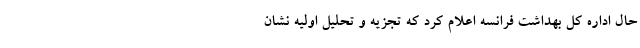
حال اداره کل بهداشت فرانسه اعلام کرد که تجزیه و تحلیل اولیه نشان